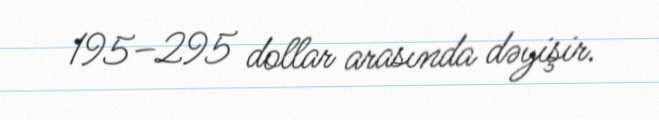
195–295 dollar arasında dəyişir.